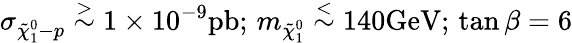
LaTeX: \sigma_{\tilde{\chi}_{1}^{0}-p}\stackrel{>}{\sim}1\times 10^{-9}\mathrm{pb};\, m_{\tilde{\chi}_{1}^{0}}\stackrel{<}{\sim}140\mathrm{GeV};\, \tan\beta=6